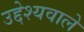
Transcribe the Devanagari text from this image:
उद्देश्यवाले